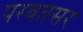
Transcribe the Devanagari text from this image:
परबतसर